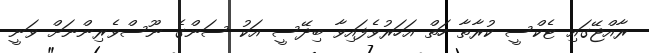
ރާއްޖޭގައި ޓެކްސީ ކުރާތާ ހަތް އަހަރުވެފައިވާ ބިދޭސީ އަކު ސަންގެ ނޫސްވެރިންނަށް ވަނީ